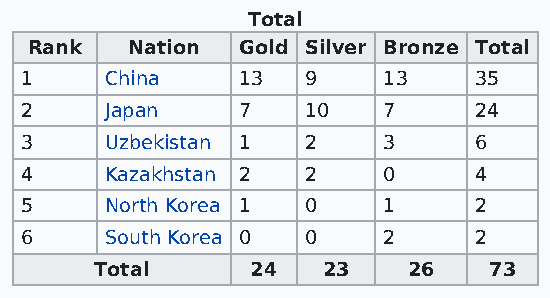
Total
 Rank  Nation  Gold Silver Bronze Total
 1     China    13  9    13    35
 2     Japan    7   10   7     24
 3     Uzbekistan 1 2    3     6
 4     Kazakhstan 2 2    0     4
 5     North Korea 1 0   1     2
 6     South Korea 0 0   2     2
 Total      24  23    26   73